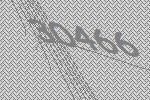
30466